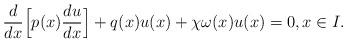
LaTeX: \begin{align*} \frac{d}{dx}\Big[p(x)\frac{du}{dx} \Big]+q(x)u(x)+\chi\omega(x)u(x)=0,x\in I.\end{align*}